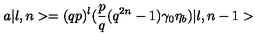
a \vert l , n > = ( q p ) ^ { l } ( { \frac { p } { q } } ( q ^ { 2 n } - 1 ) \gamma _ { 0 } \eta _ { b } ) \vert l , n - 1 >